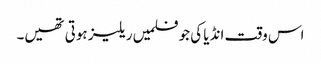
اس وقت انڈیا کی جو فلمیں ریلیز ہوتی تھیں۔